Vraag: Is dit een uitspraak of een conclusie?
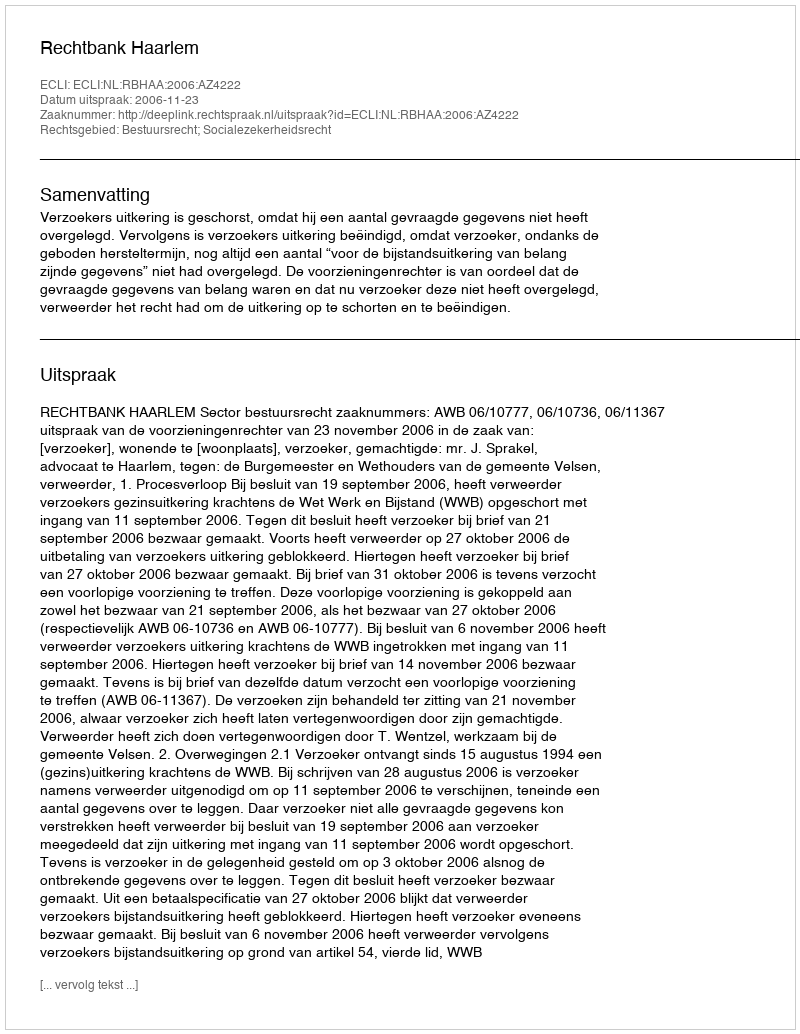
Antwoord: Uitspraak